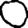
Digit: 0